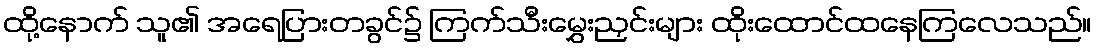
ထို့နောက် သူ၏ အရေပြားတခွင်၌ ကြက်သီးမွှေးညှင်းများ ထိုးထောင်ထနေကြလေသည်။